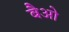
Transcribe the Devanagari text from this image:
बैओ